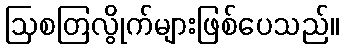
ဩစတြလွိုက်များဖြစ်ပေသည်။